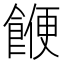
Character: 𮩅